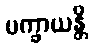
ပက္ခာယန္တိ